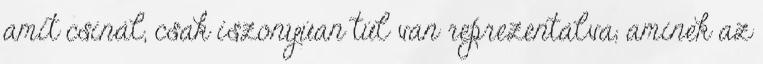
amit csinál, csak iszonyúan túl van reprezentálva, aminek az